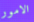
الامور